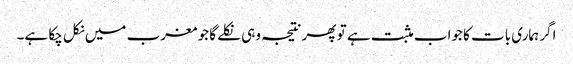
اگر ہماری بات کا جواب مثبت ہے تو پھر نتیجہ وہی نکلے گا جو مغرب میں نکل چکا ہے۔